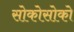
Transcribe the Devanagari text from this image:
सोकोसोको